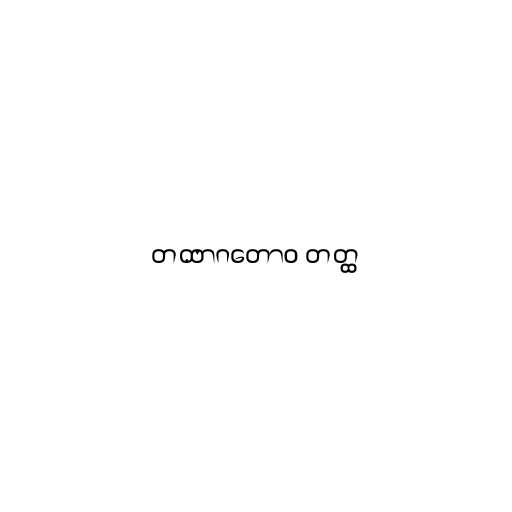
တထာဂတောဝ တတ္ထ